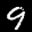
Label: 9